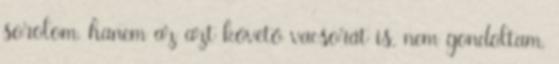
sorolom, hanem az azt követő vacsorát is, nem gondoltam,